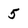
Character: 5